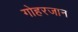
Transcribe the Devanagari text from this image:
गोहरजान